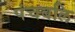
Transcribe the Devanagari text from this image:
पंचबलि